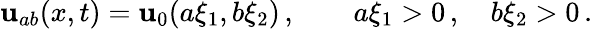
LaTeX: \begin{array}{r}{{\mathbf{u}}_{ab}(x,t)={\mathbf{u}}_{0}(a\xi_{1},b\xi_{2})\, ,\qquad a\xi_{1}>0\, ,\quad b\xi_{2}>0\, .}\end{array}